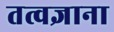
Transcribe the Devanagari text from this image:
तत्वज्ञाना